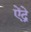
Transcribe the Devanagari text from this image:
ऐंद्रे